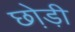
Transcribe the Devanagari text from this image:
छो़ड़ी